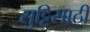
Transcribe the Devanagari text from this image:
सुट्टिसाठी